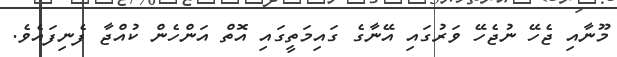
މޫނާއި ޖެހޭ ނުޖެހޭ ވަރުގައި އޭނާގެ ގައިމަތީގައި އޮތް އަންހެން ކުއްޖާ ފެނިފައެވެ.